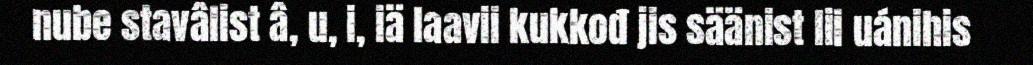
nube stavâlist â, u, i, iä laavii kukkođ jis säänist lii uánihis